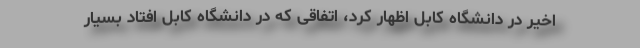
اخیر در دانشگاه کابل اظهار کرد، اتفاقی که در دانشگاه کابل افتاد بسیار